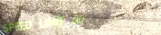
SPEED LIMIT 60